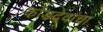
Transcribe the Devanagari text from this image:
कोंडदेवांचा